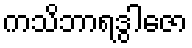
ကသိဘာရဒွါဇော